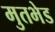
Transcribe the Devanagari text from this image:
मुतभेड